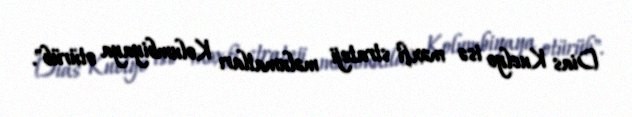
Dias Kuelyo isə məxfi strateji məlumatları Kolumbiyaya otürüb".